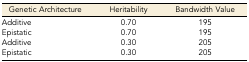
| Genetic Architecture | Heritability | Bandwidth Value |
 | --- | --- | --- |
 | Additive | 0.70 | 195 |
 | Epistatic | 0.70 | 195 |
 | Additive | 0.30 | 205 |
 | Epistatic | 0.30 | 205 |